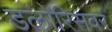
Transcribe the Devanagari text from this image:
डलोरिसवर